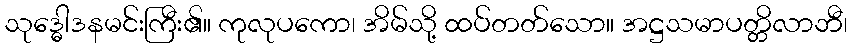
သုဒ္ဓေါဒနမင်းကြီး၏။ ကုလုပကော၊ အိမ်သို့ ထပ်တတ်သော။ အဋ္ဌသမာပတ္တိလာဘီ၊